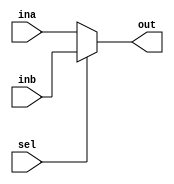
module muxtwo #(parameter w = 8) ( ina, inb, sel, out );
	input[ w-1:0] ina, inb;
	output [ w-1:0] out;
	input sel;
	
	assign out = sel ? inb : ina;
endmodule